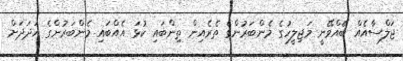
ޖަލްސާއެއް ބޭއްވޭނީ މަޖިލީހުގެ މެންބަރުންގެ ތެރެއިން ތިންބައި ކުޅަ އެއްބައި މެންބަރުންގެ އަދަދަށް